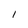
Character: 1